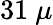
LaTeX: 31~\mu